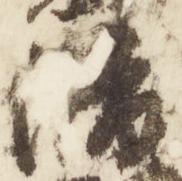
俊